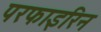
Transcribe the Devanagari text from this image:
परफाइरिन